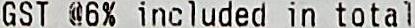
GST @6% INCLUDED IN TOTAL